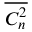
\overline { { C _ { n } ^ { 2 } } }